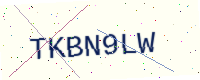
Text: TKBN9LW